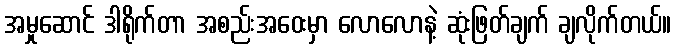
အမှုဆောင် ဒါရိုက်တာ အစည်းအဝေးမှာ လောလောနဲ့ ဆုံးဖြတ်ချက် ချလိုက်တယ်။